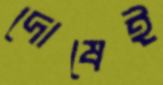
দোষেই